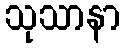
သုသာနာ